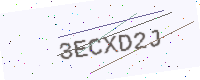
Text: 3ECXD2J